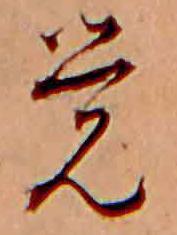
覚